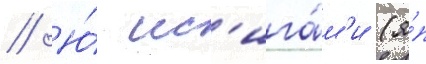
// Ю́ ис'ига́м'и (я́п